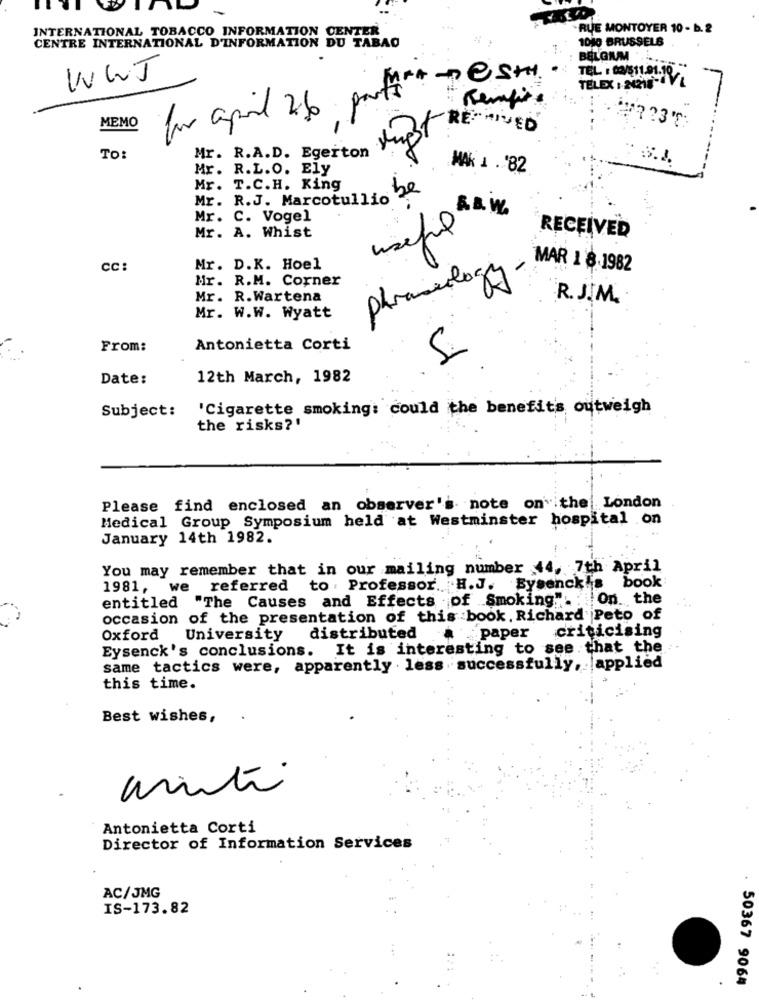
INTERNATIONAL TOBACCO INFORMATION CENTER
RUE MONTOYER 10 - b. 2
CENTRE INTERNATIONAL D'INFORMATION DU TABAO
1010 BRUSSELS
BELGIUM
-1
WWJ
for april 2/o portse Sty
TEL : 02/511.01.19
TELEX 1 20212-1V1
Rempire
MEMO
Just REMOVED
Mr. R.A.D. Egerton
TO:
: 3.1.
Mr. R.L.O. Ely
MAK 1 . 82
Mr. T.C.H. King
be
Mr. R.J. Marcotullio
Mr. C. Vogel
B&W.
Mr. A. Whist
useful
RECEIVED
CC:
Mr. D.K. Hoel
phraseology .
MAR 1 8.1982
Mr. R.M. Corner
Mr. R.Wartena
R. J.M.
Mr. W.W. Wyatt
J
From:
Antonietta Corti
Date:
12th March, 1982
Subject:
'Cigarette smoking: could the benefits outweigh
the risks ?!
Please find enclosed an observer's note on" the London
Medical Group Symposium held at Westminster hospital on
January 14th 1982.
You may remember that in our mailing number 44, 7th April
1981, we referred
to : Professor. H.J. Eysenck's book
entitled "The Causes and Effects of Smoking" : On. the
occasion of the presentation of this book. Richard Peto of
criticising
Oxford
University
distributed
paper
Eysenck's conclusions. It is interesting to see that the
same tactics were, apparently . less successfully, applied
this time.
Best wishes,
anti
Antonietta Corti
Director of Information Services
AC/JMG
IS-173.82
50367 9064